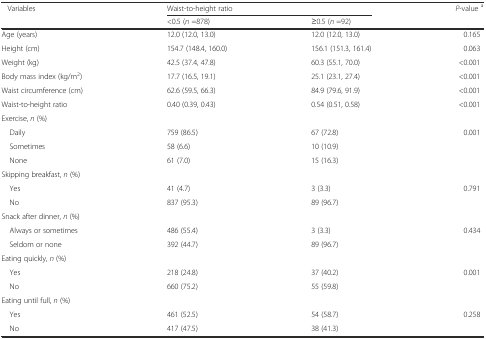
<table><thead><tr><td rowspan="2"><b>Variables</b></td><td colspan="2"><b>Waist-to-height ratio</b></td><td rowspan="2"><b><i>P</i>-value <sup>a</sup></b></td></tr><tr><td><b>&lt;0.5 (<i>n</i> =878)</b></td><td><b>≥0.5 (<i>n</i> =92)</b></td></tr></thead><tbody><tr><td>Age (years)</td><td>12.0 (12.0, 13.0)</td><td>12.0 (12.0, 13.0)</td><td>0.165</td></tr><tr><td>Height (cm)</td><td>154.7 (148.4, 160.0)</td><td>156.1 (151.3, 161.4)</td><td>0.063</td></tr><tr><td>Weight (kg)</td><td>42.5 (37.4, 47.8)</td><td>60.3 (55.1, 70.0)</td><td>&lt;0.001</td></tr><tr><td>Body mass index (kg/m<sup>2</sup>)</td><td>17.7 (16.5, 19.1)</td><td>25.1 (23.1, 27.4)</td><td>&lt;0.001</td></tr><tr><td>Waist circumference (cm)</td><td>62.6 (59.5, 66.3)</td><td>84.9 (79.6, 91.9)</td><td>&lt;0.001</td></tr><tr><td>Waist-to-height ratio</td><td>0.40 (0.39, 0.43)</td><td>0.54 (0.51, 0.58)</td><td>&lt;0.001</td></tr><tr><td>Exercise, <i>n</i> (%)</td><td>[EMPTY_CELL]</td><td>[EMPTY_CELL]</td><td>[EMPTY_CELL]</td></tr><tr><td> Daily</td><td>759 (86.5)</td><td>67 (72.8)</td><td>0.001</td></tr><tr><td> Sometimes</td><td>58 (6.6)</td><td>10 (10.9)</td><td>[EMPTY_CELL]</td></tr><tr><td> None</td><td>61 (7.0)</td><td>15 (16.3)</td><td>[EMPTY_CELL]</td></tr><tr><td>Skipping breakfast, <i>n</i> (%)</td><td>[EMPTY_CELL]</td><td>[EMPTY_CELL]</td><td>[EMPTY_CELL]</td></tr><tr><td> Yes</td><td>41 (4.7)</td><td>3 (3.3)</td><td>0.791</td></tr><tr><td> No</td><td>837 (95.3)</td><td>89 (96.7)</td><td>[EMPTY_CELL]</td></tr><tr><td>Snack after dinner, <i>n</i> (%)</td><td>[EMPTY_CELL]</td><td>[EMPTY_CELL]</td><td>[EMPTY_CELL]</td></tr><tr><td> Always or sometimes</td><td>486 (55.4)</td><td>3 (3.3)</td><td>0.434</td></tr><tr><td> Seldom or none</td><td>392 (44.7)</td><td>89 (96.7)</td><td>[EMPTY_CELL]</td></tr><tr><td>Eating quickly, <i>n</i> (%)</td><td>[EMPTY_CELL]</td><td>[EMPTY_CELL]</td><td>[EMPTY_CELL]</td></tr><tr><td> Yes</td><td>218 (24.8)</td><td>37 (40.2)</td><td>0.001</td></tr><tr><td> No</td><td>660 (75.2)</td><td>55 (59.8)</td><td>[EMPTY_CELL]</td></tr><tr><td>Eating until full, <i>n</i> (%)</td><td>[EMPTY_CELL]</td><td>[EMPTY_CELL]</td><td>[EMPTY_CELL]</td></tr><tr><td> Yes</td><td>461 (52.5)</td><td>54 (58.7)</td><td>0.258</td></tr><tr><td> No</td><td>417 (47.5)</td><td>38 (41.3)</td><td>[EMPTY_CELL]</td></tr></tbody></table>